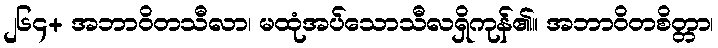
၂၆၄+ အဘာဝိတသီလာ၊ မထုံအပ်သောသီလရှိကုန်၏။ အဘာဝိတစိတ္တာ၊